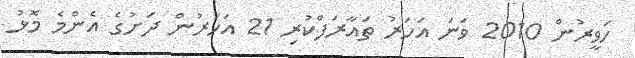
ހަވީރުން 2010 ވަނަ އަހަރު ތައާރަފްކުރި 21 އަހަރުން ދަށުގެ އެންމެ މޮޅު